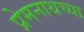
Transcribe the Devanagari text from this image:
प्रेमनाथच्या